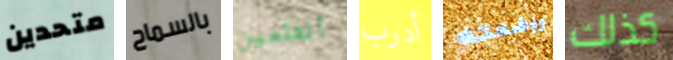
متحدين بالسماح أتعلمين أدرب ووضعته كذلك